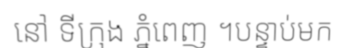
នៅ ទីក្រុង ភ្នំពេញ ។បន្ទាប់មក